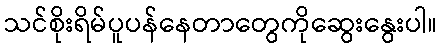
သင်စိုးရိမ်ပူပန်နေတာတွေကိုဆွေးနွေးပါ။